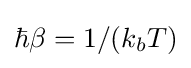
\hbar \beta =1/(k_{b}T)